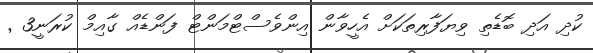
ކުދި އަދި ބޮޑެތި ވިޔަފާރިތަކަށް އެހީވާން އިންވެސްޓްމަންޓް ފަންޑެއް ގާއިމް ކުރަނީ3